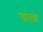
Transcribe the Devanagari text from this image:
जांगड़ा